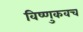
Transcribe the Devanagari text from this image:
विष्णुकवच